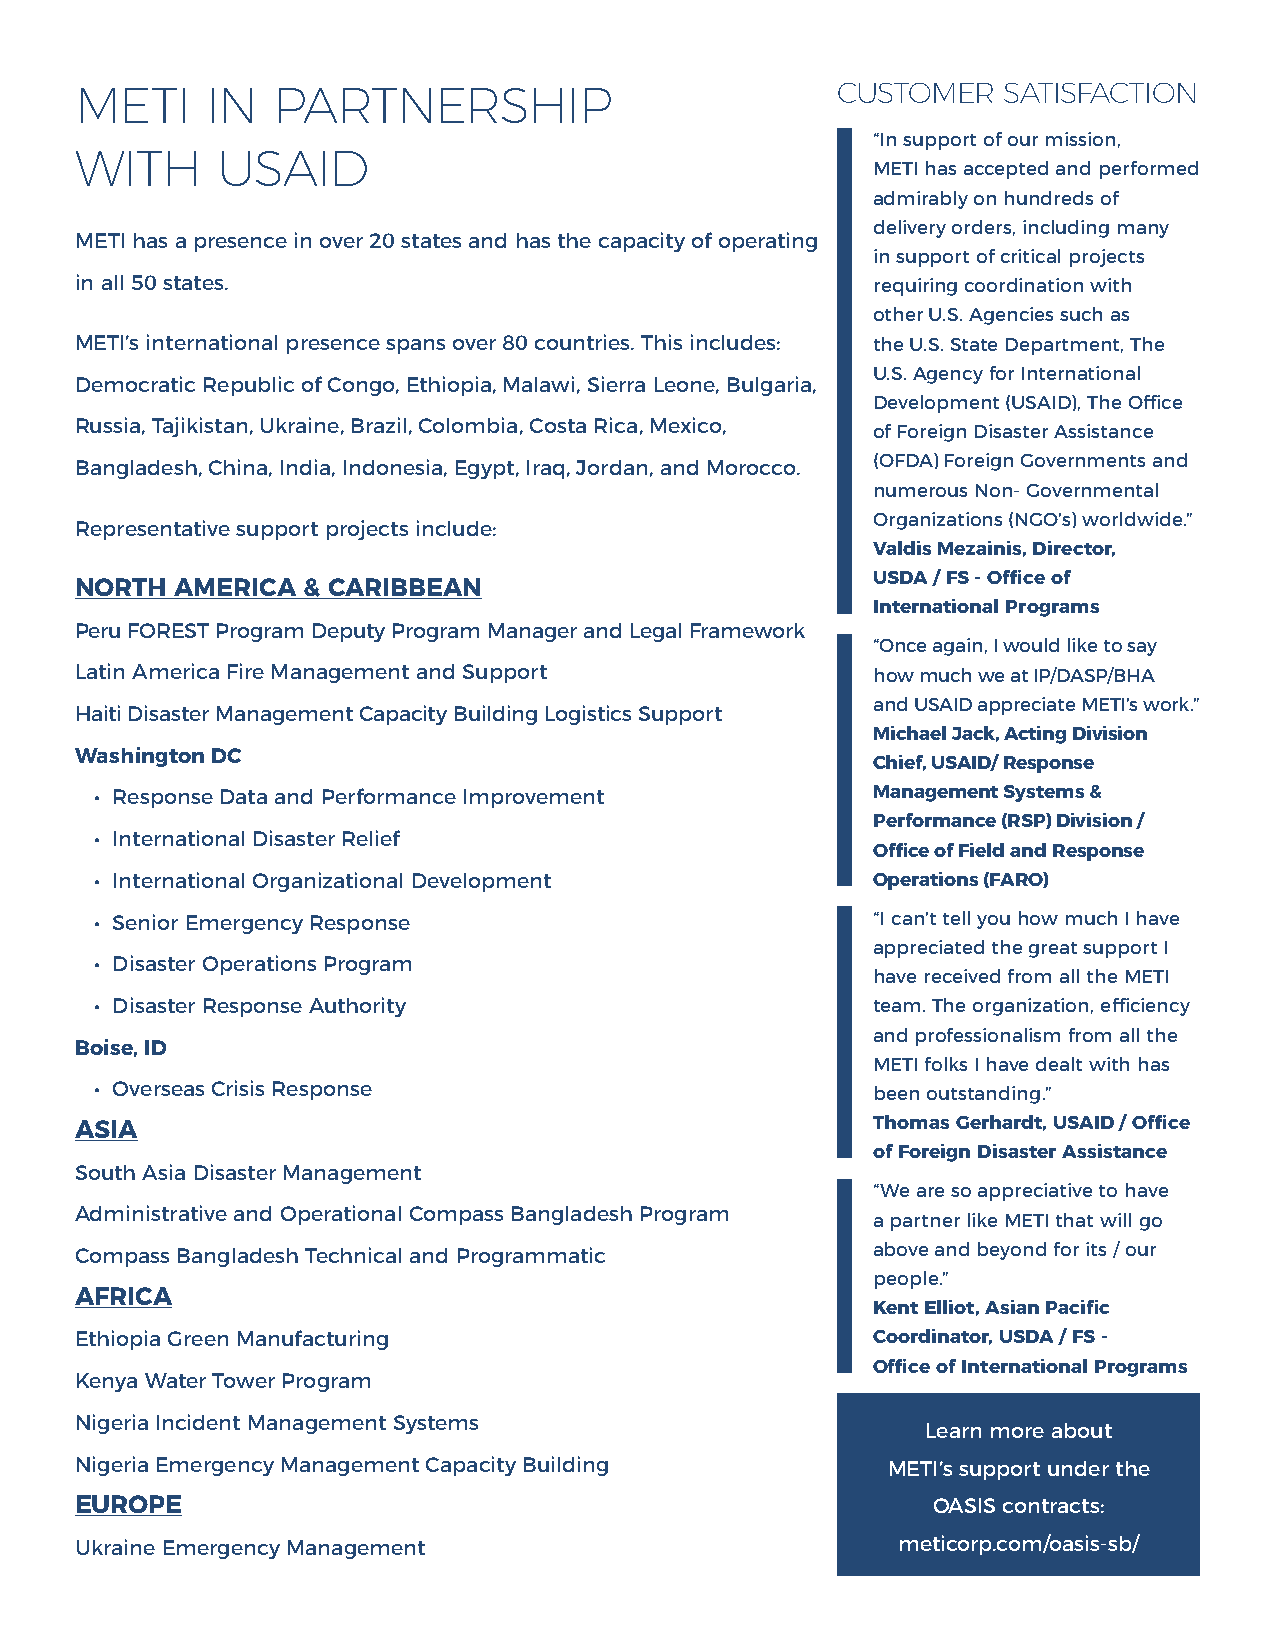
METI     IN  PARTNERSHIP                          CUSTOMER   SATISFACTION
 “In support of our mission,
 WITH     USAID
 METI has accepted and performed
 admirably on hundreds of
 delivery orders, including many
 METI has a presence in over 20 states and has the capacity of operating
 in support of critical projects
 in all 50 states.                                    requiring coordination with
 other U.S. Agencies such as
 METI’s international presence spans over 80 countries. This includes: the U.S. State Department, The
 U.S. Agency for International
 Democratic Republic of Congo, Ethiopia, Malawi, Sierra Leone, Bulgaria,
 Development (USAID), The Office
 Russia, Tajikistan, Ukraine, Brazil, Colombia, Costa Rica, Mexico,
 of Foreign Disaster Assistance
 Bangladesh, China, India, Indonesia, Egypt, Iraq, Jordan, and Morocco. (OFDA) Foreign Governments and
 numerous Non- Governmental
 Organizations (NGO’s) worldwide.”
 Representative support projects include:
 Valdis Mezainis, Director,
 USDA / FS - Office of
 NORTH  AMERICA & CARIBBEAN
 International Programs
 Peru FOREST Program Deputy Program Manager and Legal Framework
 “Once again, I would like to say
 Latin America Fire Management and Support            how much we at IP/DASP/BHA
 and USAID appreciate METI’s work.”
 Haiti Disaster Management Capacity Building Logistics Support
 Michael Jack, Acting Division
 Washington DC
 Chief, USAID/ Response
 • Response Data and Performance Improvement         Management Systems &
 Performance (RSP) Division /
 • International Disaster Relief
 Office of Field and Response
 • International Organizational Development          Operations (FARO)
 • Senior Emergency Response                         “I can’t tell you how much I have
 appreciated the great support I
 • Disaster Operations Program
 have received from all the METI
 • Disaster Response Authority                       team. The organization, efficiency
 and professionalism from all the
 Boise, ID
 METI folks I have dealt with has
 • Overseas Crisis Response                          been outstanding.”
 ASIA                                                 Thomas Gerhardt, USAID / Office
 of Foreign Disaster Assistance
 South Asia Disaster Management
 “We are so appreciative to have
 Administrative and Operational Compass Bangladesh Program
 a partner like METI that will go
 Compass Bangladesh Technical and Programmatic        above and beyond for its / our
 people.”
 AFRICA
 Kent Elliot, Asian Pacific
 Ethiopia Green Manufacturing                         Coordinator, USDA / FS -
 Office of International Programs
 Kenya Water Tower Program
 Nigeria Incident Management Systems
 Learn more about
 Nigeria Emergency Management Capacity Building        METI’s support under the
 EUROPE                                                   OASIS contracts:
 Ukraine Emergency Management                          meticorp.com/oasis-sb/